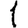
Digit: 1